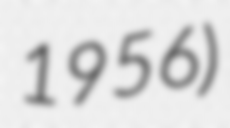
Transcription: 1956)